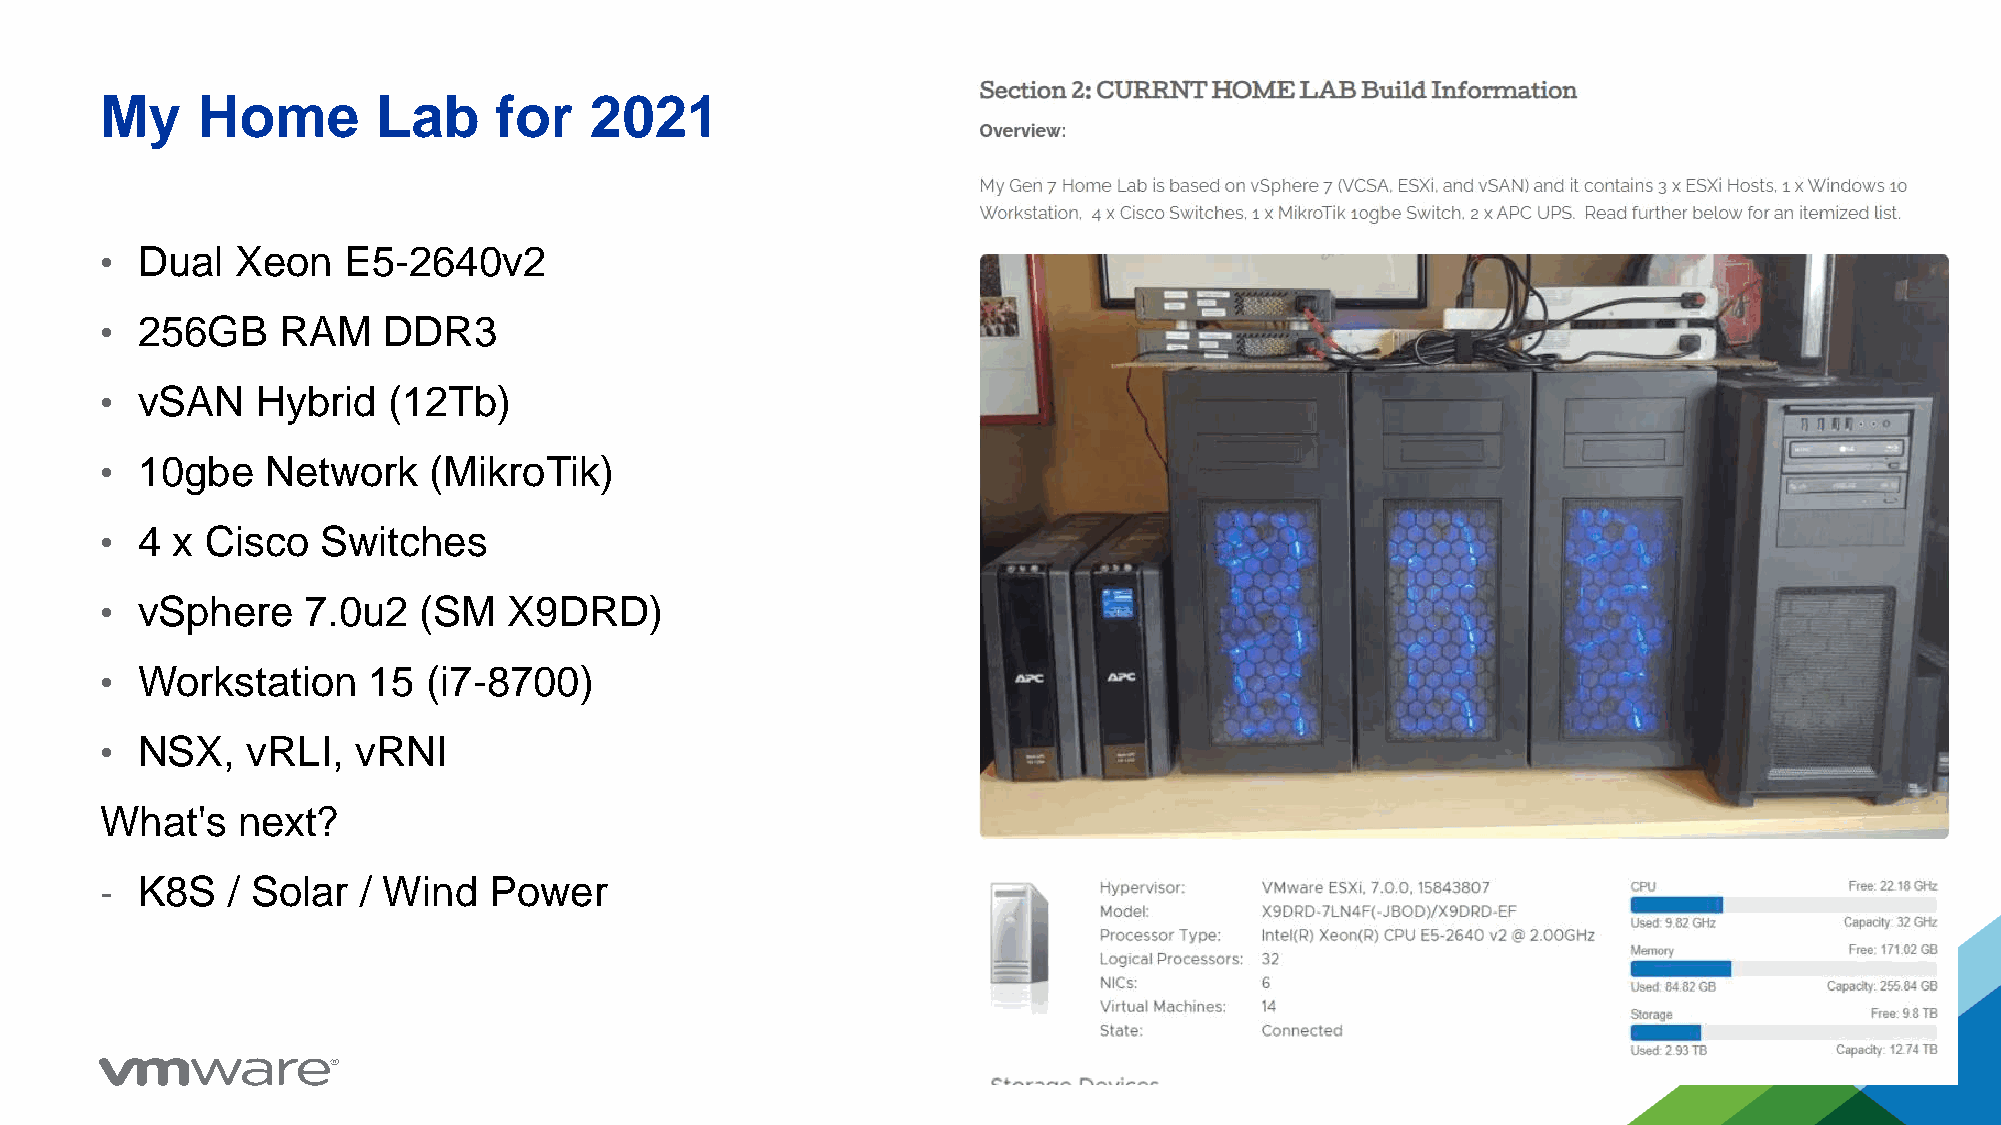
My    Home        Lab     for   2021
 • Dual   Xeon   E5-2640v2
 • 256GB    RAM    DDR3
 • vSAN    Hybrid   (12Tb)
 • 10gbe    Network   (MikroTik)
 • 4 x  Cisco  Switches
 • vSphere    7.0u2   (SM   X9DRD)
 • Workstation    15  (i7-8700)
 • NSX,   vRLI,   vRNI
 What's   next?
 - K8S   / Solar  / Wind  Power
 40